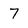
Character: 7